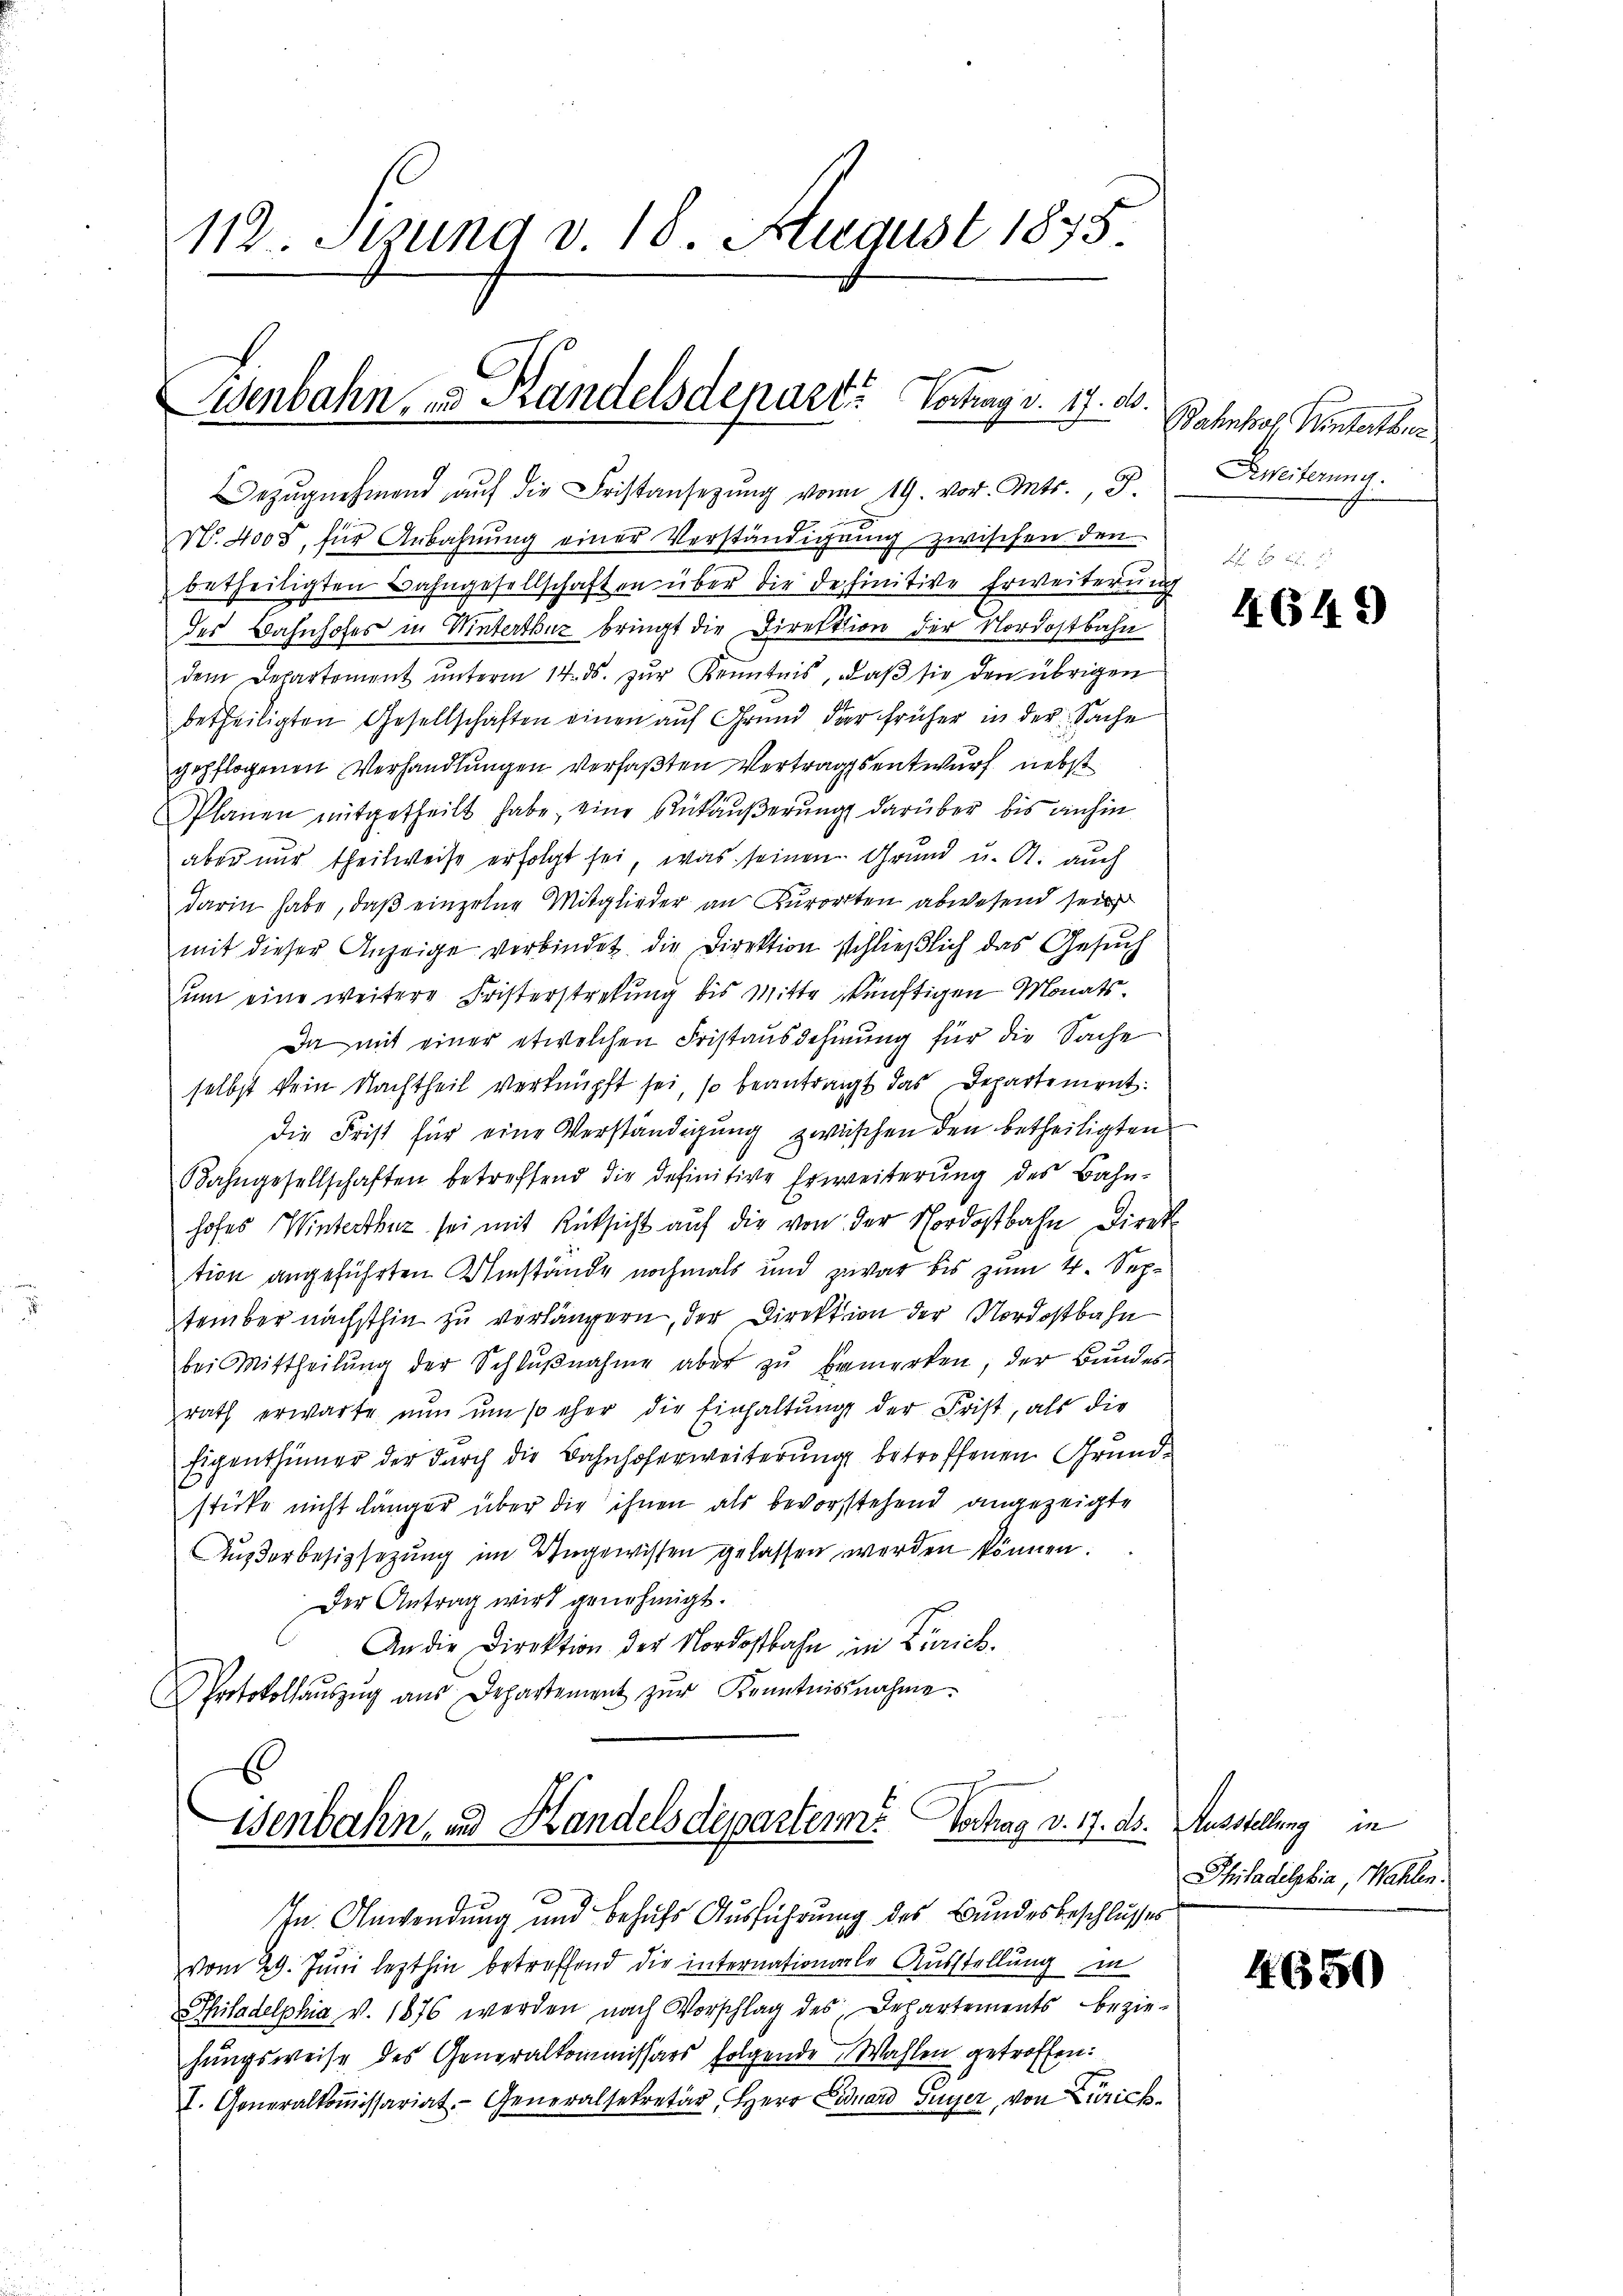
112. Stzung v. 18. August 1875

Eisenbahn, und Handelsdepart. Vertrag v. 17. d.

Bezŭgnehmend aŭf die Fristansetzŭng vom 19. vor. Mts., S.
N. 4005, für Anbahnung einer Verständigung zwischen den
betheiligten Bahngesellschaften über die definitive Erweiterung
des Bahnhofes in Winterthur bringt die Direktion der Nordostbahn
dem Departement ŭnterm 14. ds. zur Kenntnis, daβ sie den übrigen
betheiligten Gesellschaften einen auf Grund der früher in der Sache
gepflogenen Verhandlungen verfaßten Vertrages entwurf nebst
Planen mitgetheilt habe, eine Rükäußerung darüber bis anhin
aber nur theilweise erfolgt sei, was seinen Grund u. A. auch
darin habe, daß einzelne Mitglieder an Kurorten abwesend sein
mit dieser Anzeige verbindet die Direktion schließlich das Gesuch
uum eine weitere Fristerstrebung bis Mitte künftigen Monats¬
Da mit einer etwelchen Fristausdehnung für die Sache
selbst kein Nachtheil verknüpft sei, so beantragt das Departement:
die Frist für eine Verständigung zwischen den betheiligten
Bahngesellschaften betreffend die definitive Erweiterŭng des Bahn-
hofes Winterthur sei mit Rücksicht auf die von der Nordostbahn Direk
tion angeführten Umstände nochmals und zwar bis zum 4. September nächsthin zu verlängern, der Direktion der Nordostbahn
bei Mittheilŭng der Schlŭβnahme aber zu bemerken, der Bundesrath erwarte nun um so eher die Einhaltung der Frist, als die
Eigenthümer der durch die Bahnhoferweiterung betroffenen Grundstücke nicht länger über die ihnen als bevorstehend angezeigte
Ausderbesizsezung im Ungewissen gelassen werden können.
Der Antrag wird genehmigt.
An die Direktion der Nordostbahn, in Zürich.
Protokollaŭszŭg aŭs Departement zŭr Kenntnisnahme.

In Anwendung und behufs Ausführung des Bundesbeschlusses
vom 29. Juni lezthin betreffend die internationale Ausstellung in
Shiladelphia v. 1876 werden nach Vorschlag des Departements bezie-
hungsweise des Generalkommissärs folgende Wahlen getroffen:
I. Generalkoṁissariat. Generalsekretär, Herr Fiduard Guyer, von Zürich¬

isenbahn, und Handelsdeparteme. Vortrag v. 17. ds. Ausstellung in

Bahnhof. Winterthur
Beweiterung.

4649

Philadelphia, Wahlen.

4650